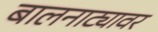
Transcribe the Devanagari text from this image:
बालनाट्यावर